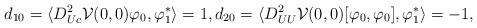
LaTeX: \begin{align*}d_{10} = \langle D^2_{Uc}\mathcal V(0,0)\varphi_0,\varphi_1^* \rangle = 1,d_{20} = \langle D^2_{UU}\mathcal V(0,0)[\varphi_0,\varphi_0],\varphi_1^* \rangle =- 1,\end{align*}